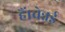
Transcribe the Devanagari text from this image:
हैं।चेन्नई